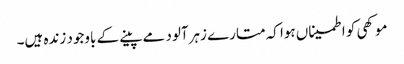
موکھی کو اطمیناں ہوا کہ متارے زہرآلود مے پینے کے باوجود زندہ ہیں۔